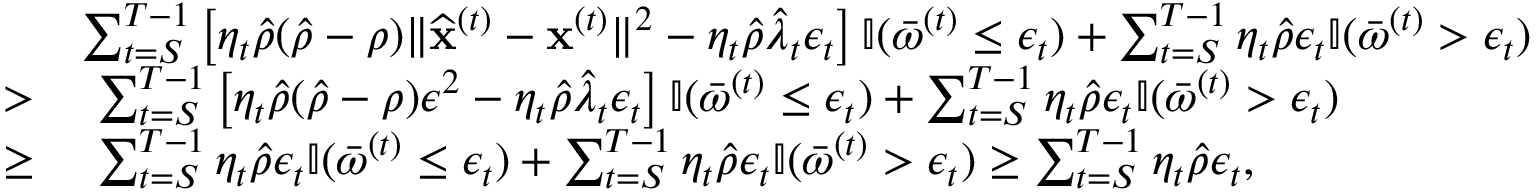
\begin{array} { r l } & { \sum _ { t = S } ^ { T - 1 } \left[ \eta _ { t } \hat { \rho } ( \hat { \rho } - \rho ) \| \widehat { \mathbf x } ^ { ( t ) } - { \mathbf x } ^ { ( t ) } \| ^ { 2 } - \eta _ { t } \hat { \rho } \widehat \lambda _ { t } \epsilon _ { t } \right] \mathbb { I } ( \bar { \omega } ^ { ( t ) } \leq \epsilon _ { t } ) + \sum _ { t = S } ^ { T - 1 } \eta _ { t } \hat { \rho } \epsilon _ { t } \mathbb { I } ( \bar { \omega } ^ { ( t ) } > \epsilon _ { t } ) } \\ { > } & { ~ \sum _ { t = S } ^ { T - 1 } \left[ \eta _ { t } \hat { \rho } ( \hat { \rho } - \rho ) \epsilon ^ { 2 } - \eta _ { t } \hat { \rho } \widehat \lambda _ { t } \epsilon _ { t } \right] \mathbb { I } ( \bar { \omega } ^ { ( t ) } \leq \epsilon _ { t } ) + \sum _ { t = S } ^ { T - 1 } \eta _ { t } \hat { \rho } \epsilon _ { t } \mathbb { I } ( \bar { \omega } ^ { ( t ) } > \epsilon _ { t } ) } \\ { \geq } & { ~ \sum _ { t = S } ^ { T - 1 } \eta _ { t } \hat { \rho } \epsilon _ { t } \mathbb { I } ( \bar { \omega } ^ { ( t ) } \leq \epsilon _ { t } ) + \sum _ { t = S } ^ { T - 1 } \eta _ { t } \hat { \rho } \epsilon _ { t } \mathbb { I } ( \bar { \omega } ^ { ( t ) } > \epsilon _ { t } ) \geq \sum _ { t = S } ^ { T - 1 } \eta _ { t } \hat { \rho } \epsilon _ { t } , } \end{array}